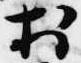
於